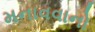
મનાવવાનો